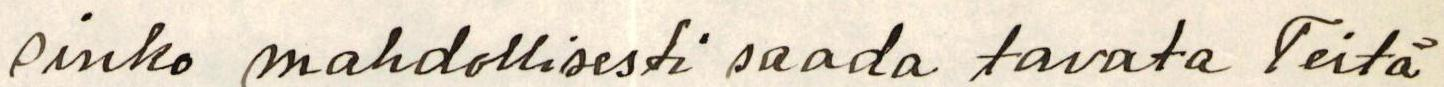
Oinko mahdollisesti saada tavata Teitä